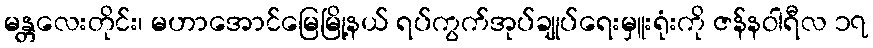
မန္တလေးတိုင်း၊ မဟာအောင်မြေမြို့နယ် ရပ်ကွက်အုပ်ချုပ်ရေးမှူးရုံးကို ဇန်နဝါရီလ ၁၇